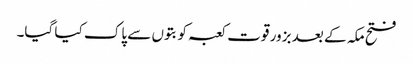
فتح مکہ کے بعد بزور قوت کعبہ کو بتوں سے پاک کیا گیا۔